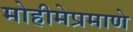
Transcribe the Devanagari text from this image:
मोहीमेप्रमाणे